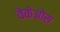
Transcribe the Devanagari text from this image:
वेकेओस